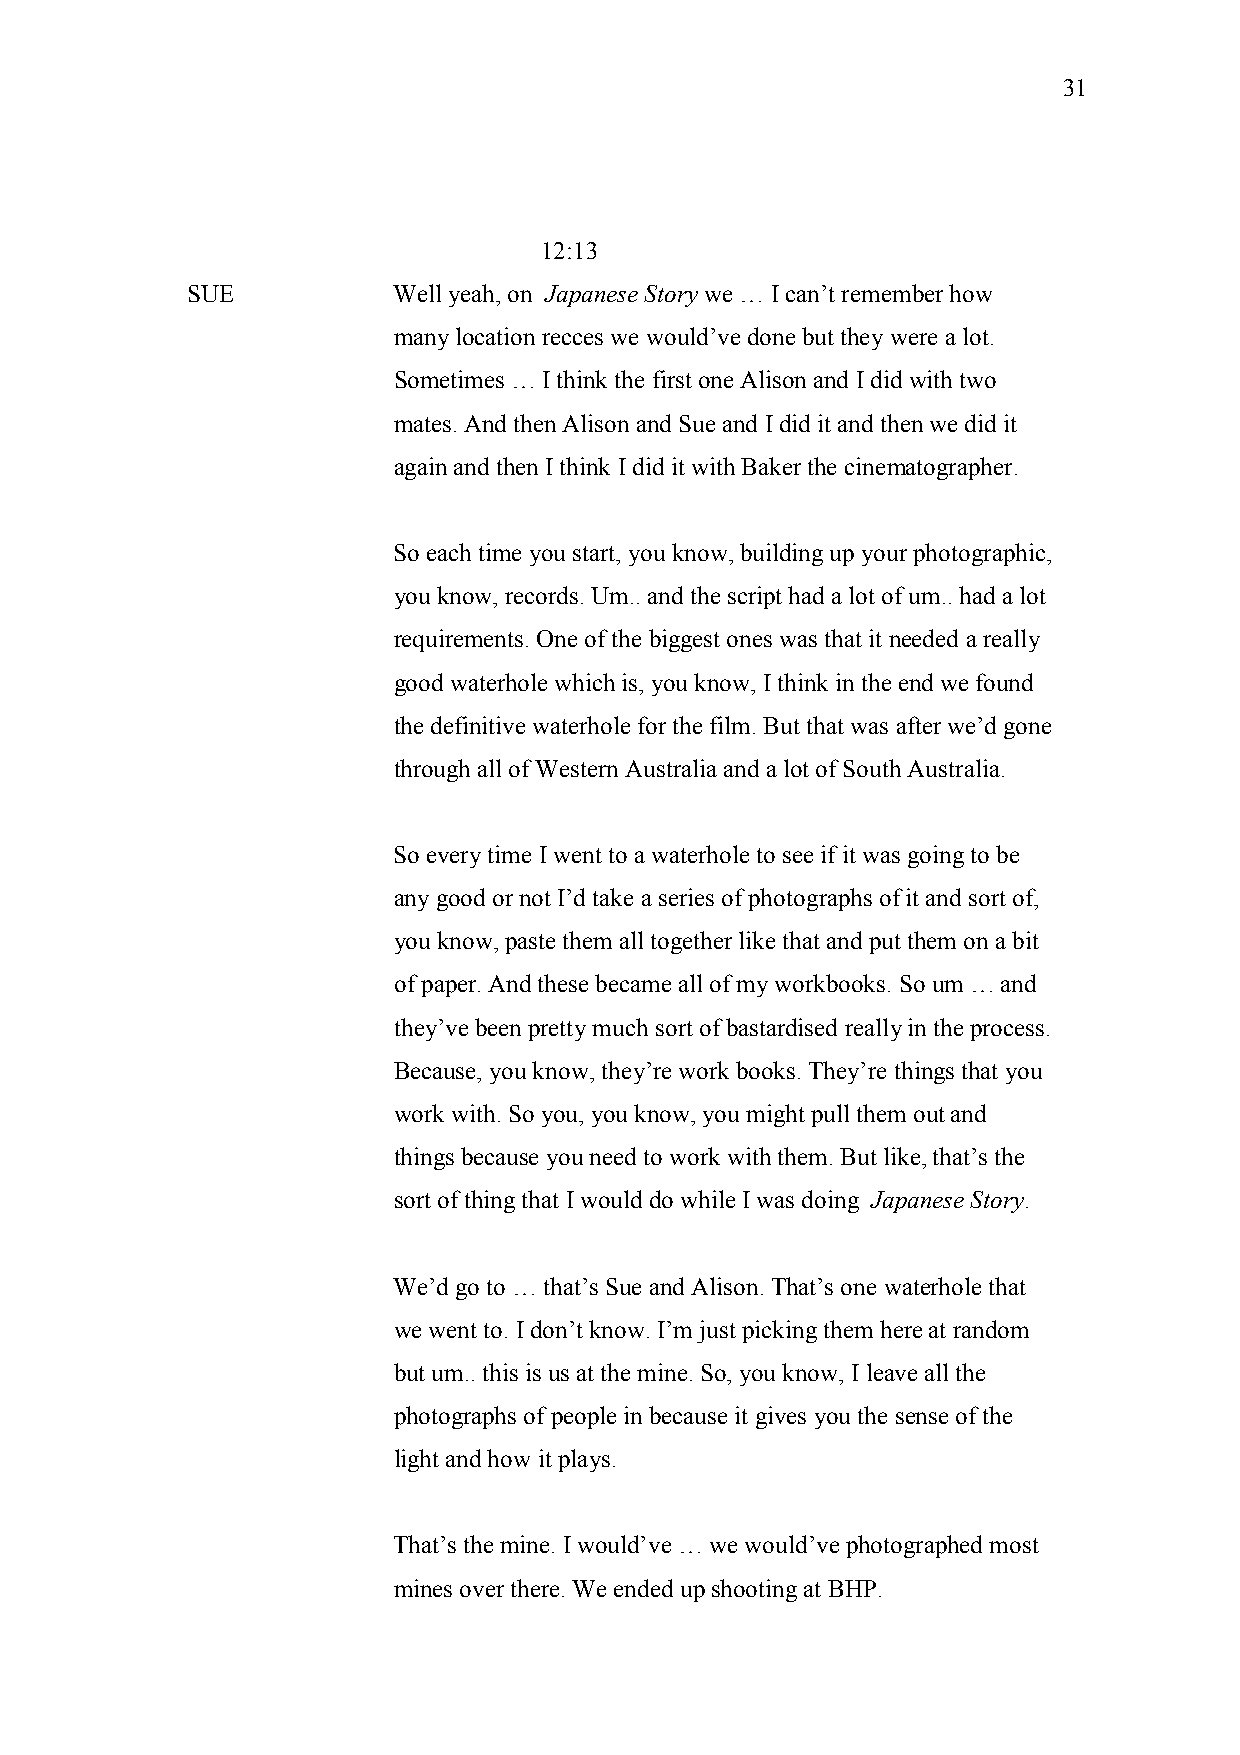
31
 12:13
 SUE           Well yeah, on Japanese Story we … I can’t remember how
 many location recces we would’ve done but they were a lot.
 Sometimes … I think the first one Alison and I did with two
 mates. And then Alison and Sue and I did it and then we did it
 again and then I think I did it with Baker the cinematographer.
 So each time you start, you know, building up your photographic,
 you know, records. Um.. and the script had a lot of um.. had a lot
 requirements. One of the biggest ones was that it needed a really
 good waterhole which is, you know, I think in the end we found
 the definitive waterhole for the film. But that was after we’d gone
 through all of Western Australia and a lot of South Australia.
 So every time I went to a waterhole to see if it was going to be
 any good or not I’d take a series of photographs of it and sort of,
 you know, paste them all together like that and put them on a bit
 of paper. And these became all of my workbooks. So um … and
 they’ve been pretty much sort of bastardised really in the process.
 Because, you know, they’re work books. They’re things that you
 work with. So you, you know, you might pull them out and
 things because you need to work with them. But like, that’s the
 sort of thing that I would do while I was doing Japanese Story.
 We’d go to … that’s Sue and Alison. That’s one waterhole that
 we went to. I don’t know. I’m just picking them here at random
 but um.. this is us at the mine. So, you know, I leave all the
 photographs of people in because it gives you the sense of the
 light and how it plays.
 That’s the mine. I would’ve … we would’ve photographed most
 mines over there. We ended up shooting at BHP.